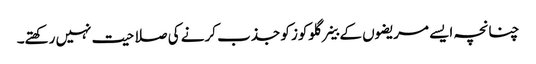
چنانچہ ایسے مریضوں کے خلیے گلوکوز کو جذب کرنے کی صلاحیت نہیں رکھتے۔